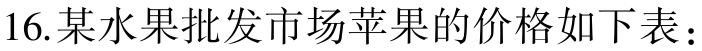
16.某水果批发市场苹果的价格如下表：